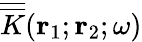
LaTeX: \overline{{\overline{{K}}}}({\mathbf r}_{1};{\mathbf r}_{2};\omega)